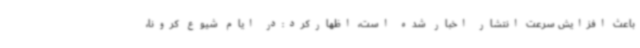
باعث افزایش سرعت انتشار اخبار شده است، اظهارکرد:در ایام شیوع کرونا،